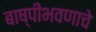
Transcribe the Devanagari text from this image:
बाष्पीभवणाचे